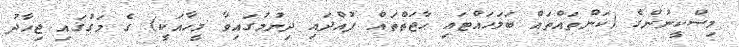
މިސްކީނުންގެ (ކަންތައްތައް ބަލަހައްޓައި ޙާޖަތްތައް ފުއްދައި ދިނުމުގައިވާ މީހާއަކީ) ގެ މަގުގައި ޖިހާދު